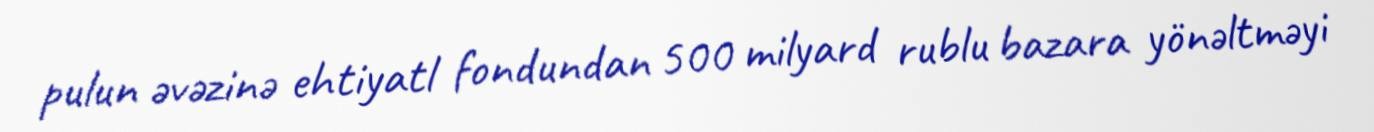
pulun əvəzinə ehtiyatl fondundan 500 milyard rublu bazara yönəltməyi